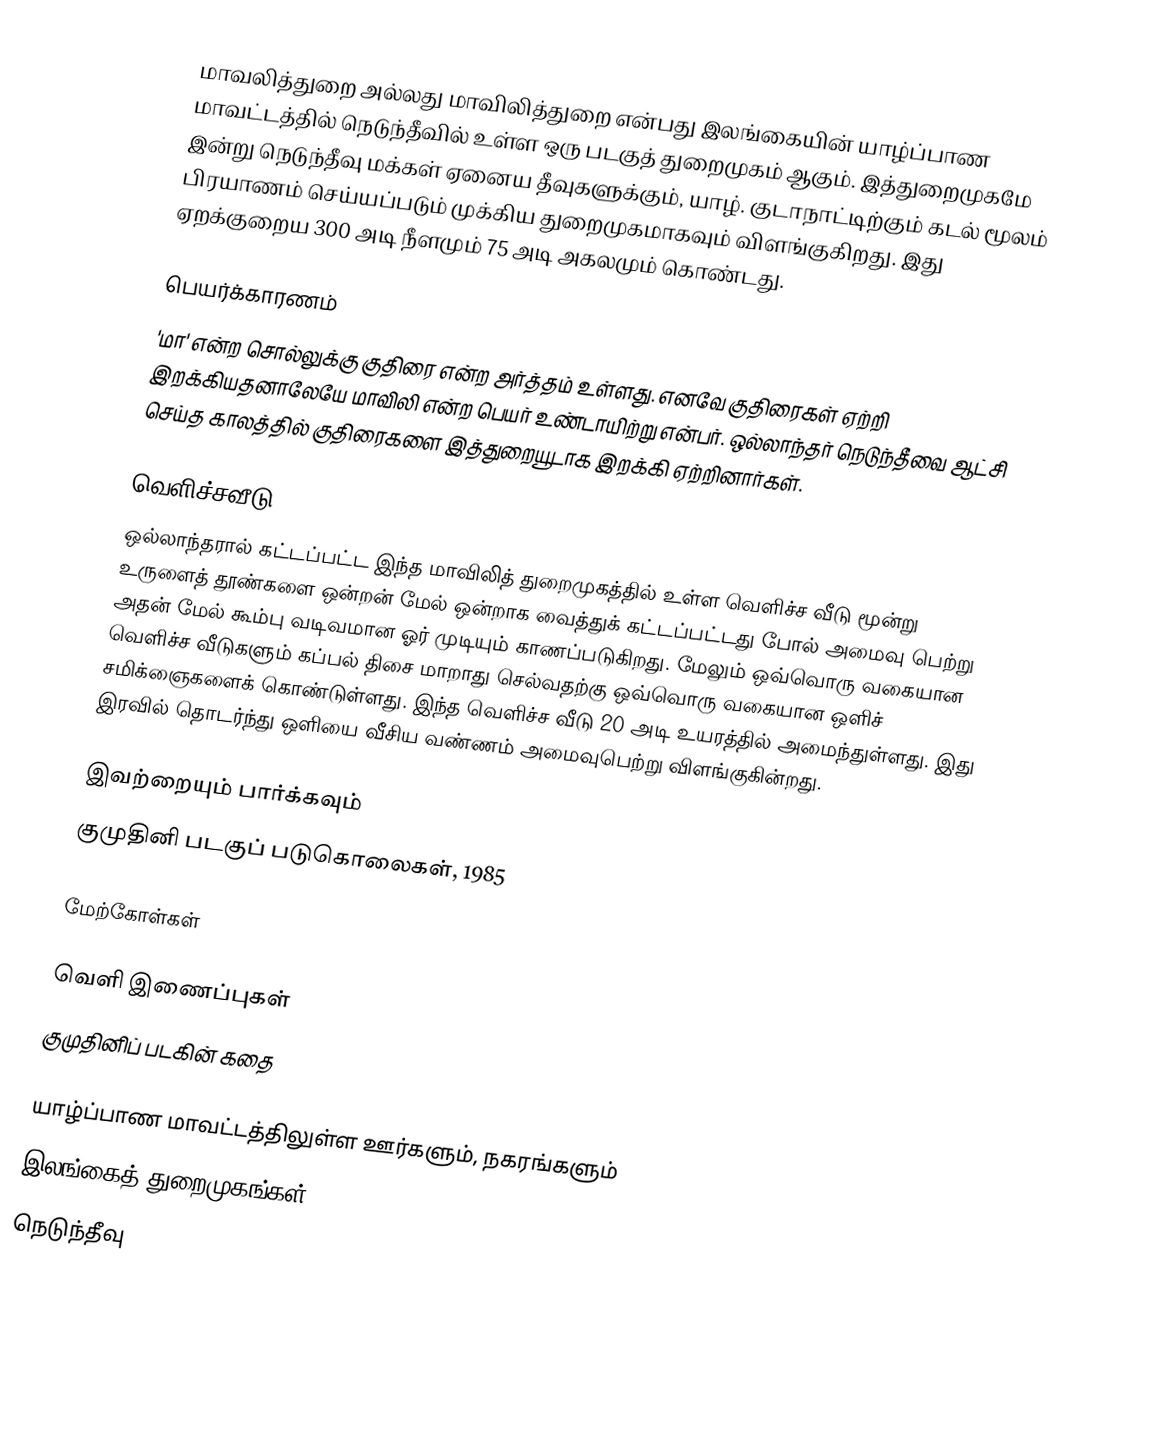
மாவலித்துறை அல்லது மாவிலித்துறை என்பது இலங்கையின் யாழ்ப்பாண மாவட்டத்தில் நெடுந்தீவில் உள்ள ஒரு படகுத் துறைமுகம் ஆகும். இத்துறைமுகமே இன்று நெடுந்தீவு மக்கள் ஏனைய தீவுகளுக்கும், யாழ். குடாநாட்டிற்கும் கடல் மூலம் பிரயாணம் செய்யப்படும் முக்கிய துறைமுகமாகவும் விளங்குகிறது. இது ஏறக்குறைய 300 அடி நீளமும் 75 அடி அகலமும் கொண்டது.

பெயர்க்காரணம்
'மா' என்ற சொல்லுக்கு குதிரை என்ற அர்த்தம் உள்ளது. எனவே குதிரைகள் ஏற்றி இறக்கியதனாலேயே மாவிலி என்ற பெயர் உண்டாயிற்று என்பர். ஒல்லாந்தர் நெடுந்தீவை ஆட்சி செய்த காலத்தில் குதிரைகளை இத்துறையூடாக இறக்கி ஏற்றினார்கள்.

வெளிச்சவீடு
ஒல்லாந்தரால் கட்டப்பட்ட இந்த மாவிலித் துறைமுகத்தில் உள்ள வெளிச்ச வீடு மூன்று உருளைத் தூண்களை ஒன்றன் மேல் ஒன்றாக வைத்துக் கட்டப்பட்டது போல் அமைவு பெற்று அதன் மேல் கூம்பு வடிவமான ஓர் முடியும் காணப்படுகிறது. மேலும் ஒவ்வொரு வகையான வெளிச்ச வீடுகளும் கப்பல் திசை மாறாது செல்வதற்கு ஒவ்வொரு வகையான ஒளிச் சமிக்ஞைகளைக் கொண்டுள்ளது. இந்த வெளிச்ச வீடு 20 அடி உயரத்தில் அமைந்துள்ளது. இது இரவில் தொடர்ந்து ஒளியை வீசிய வண்ணம் அமைவுபெற்று விளங்குகின்றது.

இவற்றையும் பார்க்கவும்
 குமுதினி படகுப் படுகொலைகள், 1985

மேற்கோள்கள்

வெளி இணைப்புகள்
 குமுதினிப் படகின் கதை

யாழ்ப்பாண மாவட்டத்திலுள்ள ஊர்களும், நகரங்களும்
இலங்கைத் துறைமுகங்கள்
நெடுந்தீவு